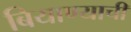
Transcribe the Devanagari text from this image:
बियाण्याची